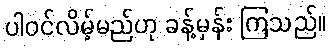
ပါဝင်လိမ့်မည်ဟု ခန့်မှန်း ကြသည်။